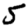
Digit: 5